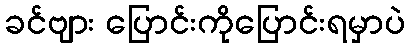
ခင်ဗျား ပြောင်းကိုပြောင်းရမှာပဲ